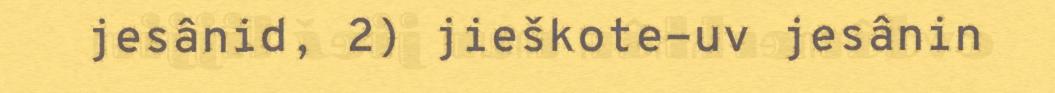
jesânid, 2) jieškote-uv jesânin